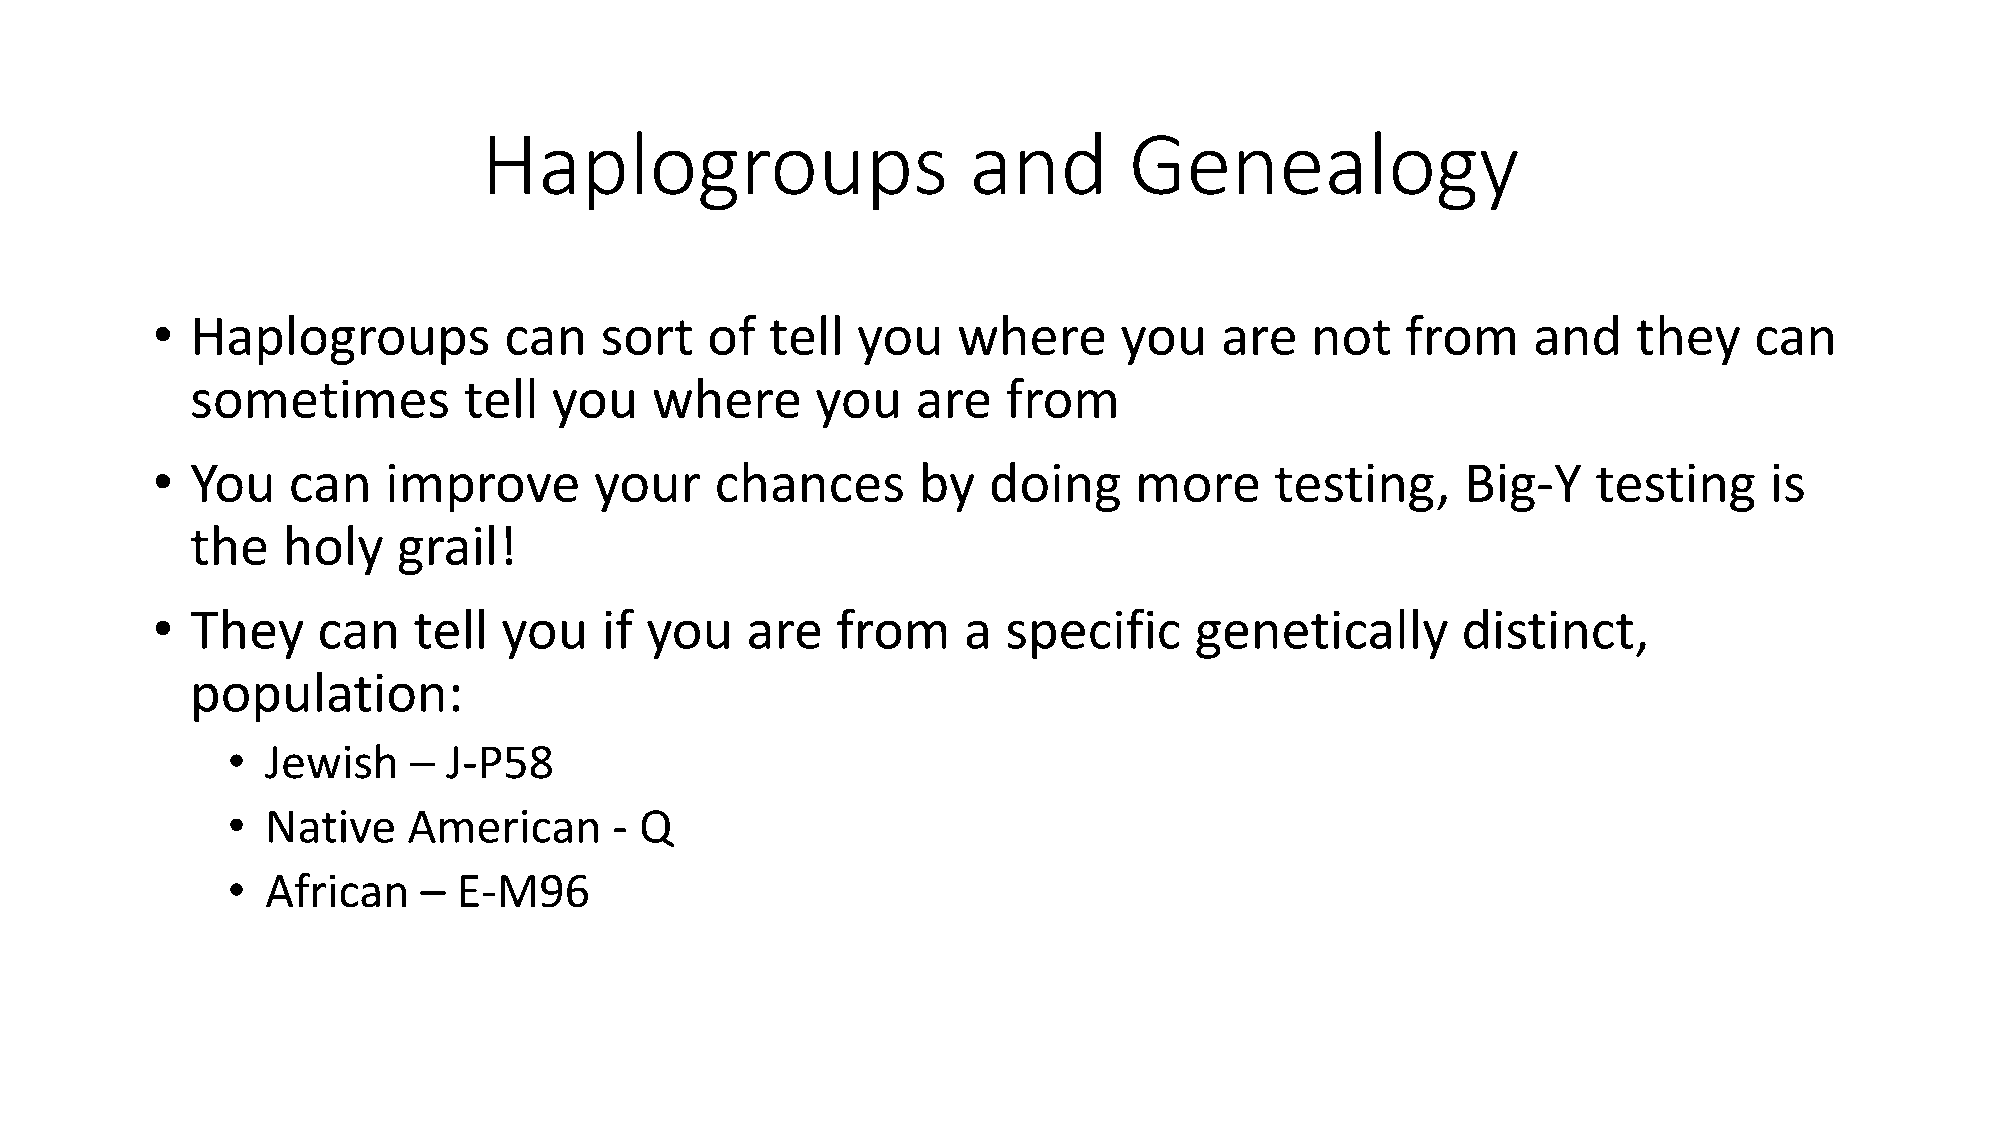
Haplogroups                     and        Genealogy
 •  Haplogroups         can    sort   of  tell  you   where      you    are   not   from    and    they    can
 sometimes         tell  you   where      you    are   from
 •  You   can   improve       your    chances       by  doing     more     testing,     Big-Y    testing    is
 the   holy   grail!
 •  They    can   tell  you    if you   are   from     a  specific    genetically       distinct,
 population:
 •  Jewish   –  J-P58
 •  Native   American      - Q
 •  African   – E-M96